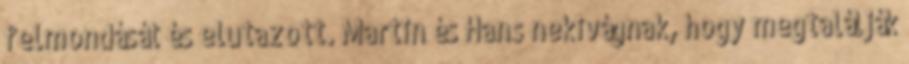
felmondását és elutazott. Martin és Hans nekivágnak, hogy megtalálják